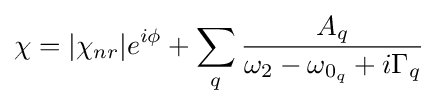
\chi =|\chi _{nr}|e^{i\phi }+\sum _{q}{\frac {A_{q}}{\omega _{2}-\omega _{0_{q}}+i\Gamma _{q}}}